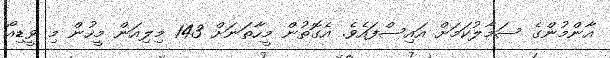
އާންމުންގެ ސަމާލުކަމަށް އައިސްފައެވެ. އެގޮތުން މީހާތަނަށް 143 މިލިއަން މީހުން މި ވީޑިއޯ